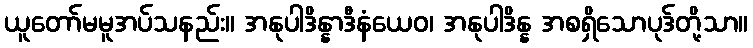
ယူတော်မမူအပ်သနည်း။ အနုပါဒိန္နာဒီနံယေဝ၊ အနုပါဒိန္န အစရှိသောပုဒ်တို့သာ။